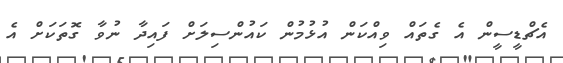
އެޗްޑީސީން އެ ގެތައް ވިއްކަން އުޅުމުން ކައުންސިލަށް ފައިދާ ނުވާ ގޮތަކަށް އެ